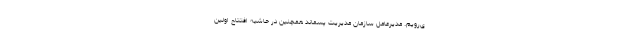
ی‌رویم. مدیرعامل سازمان مدیریت پسماند همچنین در حاشیه افتتاح اولین